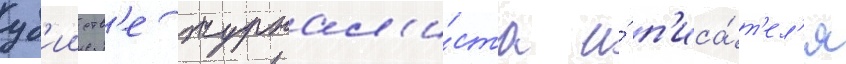
уб'ииств'е журнал'и́ста и́ п'иса́т'ел'я